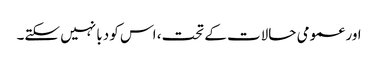
اور عمومی حالات کے تحت، اس کو دبا نہیں سکتے۔